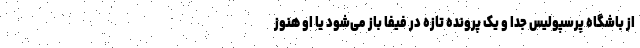
از باشگاه پرسپولیس جدا و یک پرونده تازه در فیفا باز می‌شود یا او هنوز